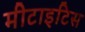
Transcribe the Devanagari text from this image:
मीटाइटिस